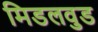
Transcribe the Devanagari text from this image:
मिडलवुड